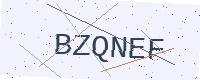
Text: BZQNEF